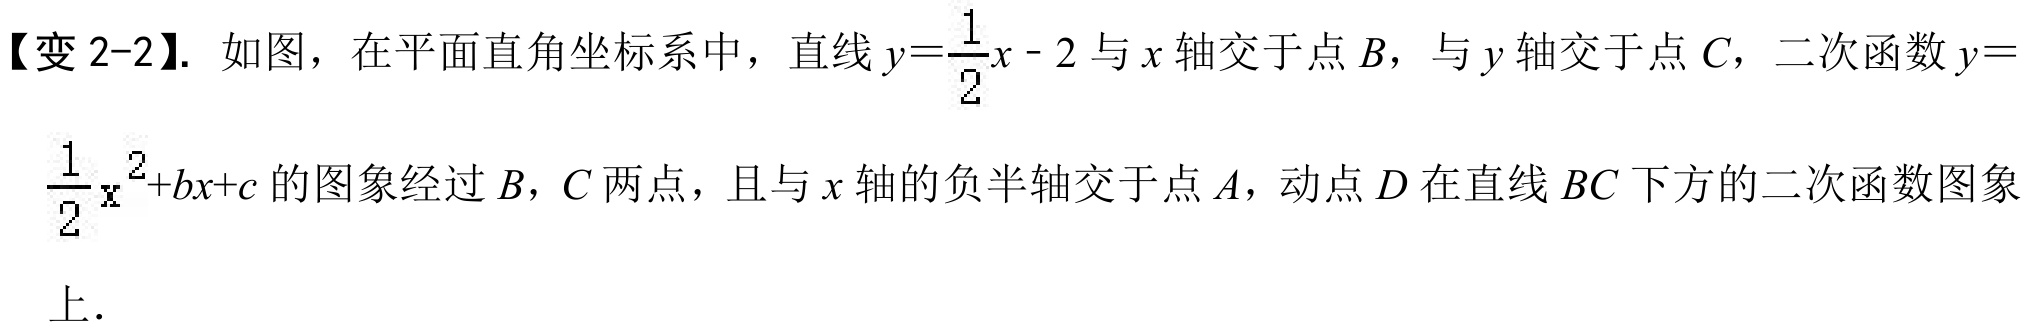
【变 2-2】. 如图，在平面直角坐标系中，直线\(y = \frac{1}{2}x - 2\)与\(x\)轴交于点\(B\)，与\(y\)轴交于点\(C\)，二次函数\(y =
\frac{1}{2}x^{2}+bx + c\)的图象经过\(B\)，\(C\)两点，且与\(x\)轴的负半轴交于点\(A\)，动点\(D\)在直线\(BC\)下方的二次函数图象
上.